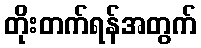
တိုးတက်ရန်အတွက်